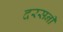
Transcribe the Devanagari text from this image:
दरसनी